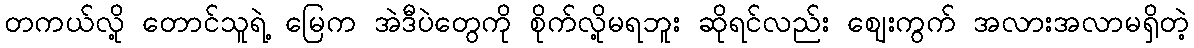
တကယ်လို့ တောင်သူရဲ့ မြေက အဲဒီပဲတွေကို စိုက်လို့မရဘူး ဆိုရင်လည်း ဈေးကွက် အလားအလာမရှိတဲ့